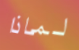
لماذا